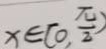
x \in [ 0 , \frac { \pi } { 2 } )